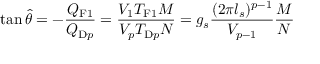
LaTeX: \tan \hat { \theta } = - \frac { Q _ { \mathrm { F 1 } } } { Q _ { \mathrm { D } p } } = \frac { V _ { 1 } T _ { \mathrm { F 1 } } M } { V _ { p } T _ { \mathrm { D } p } N } = g _ { s } \frac { ( 2 \pi l _ { s } ) ^ { p - 1 } } { V _ { p - 1 } } \frac { M } { N }